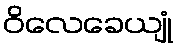
ဝိလေခေယျုံ